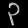
Digit: ၃